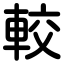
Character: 較